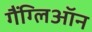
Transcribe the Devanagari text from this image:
गैंग्लिऑन